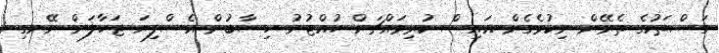
ގަސްތަކުގެ ތެރޭން ނިކުމެގެން އައިސް ކުރިމައްޗަށް ހުއްޓުނު ހިސާބުން އެސްފިޔަ ޖަހާލަން ނޭނގި